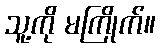
သူ့ကို မကြိုက်။